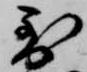
到